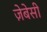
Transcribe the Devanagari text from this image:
ज़ेबेसी